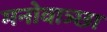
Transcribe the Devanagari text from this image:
मनोवाञ्छा